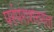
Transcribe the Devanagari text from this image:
परंपराशरणता